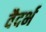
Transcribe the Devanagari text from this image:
वैदर्भ